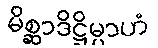
မိစ္ဆာဒိဋ္ဌိမ္ပာဟံ